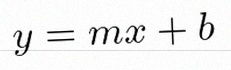
y=mx+b